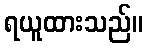
ရယူထားသည်။